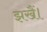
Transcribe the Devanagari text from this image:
झखैं।